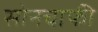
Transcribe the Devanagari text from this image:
सोनचाफी